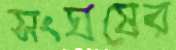
সংঘষের